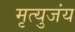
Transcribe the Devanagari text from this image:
मृत्युजंय